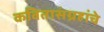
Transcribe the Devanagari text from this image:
कवितासंग्रहांचे